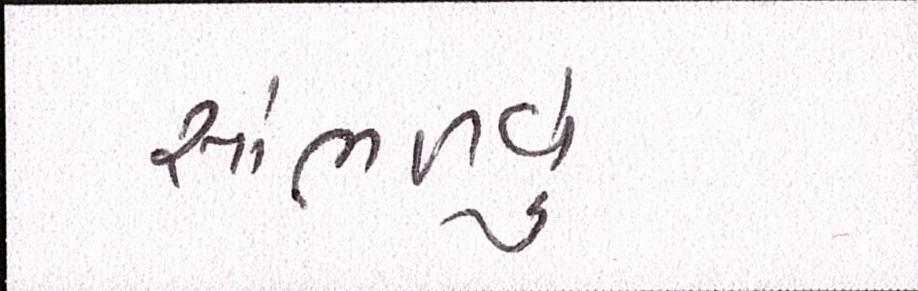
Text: સાંભળવું